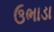
ઉભાડા